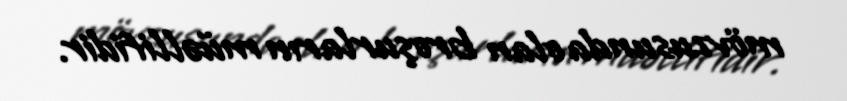
mövzusunda olan broşurların müəllifidir.